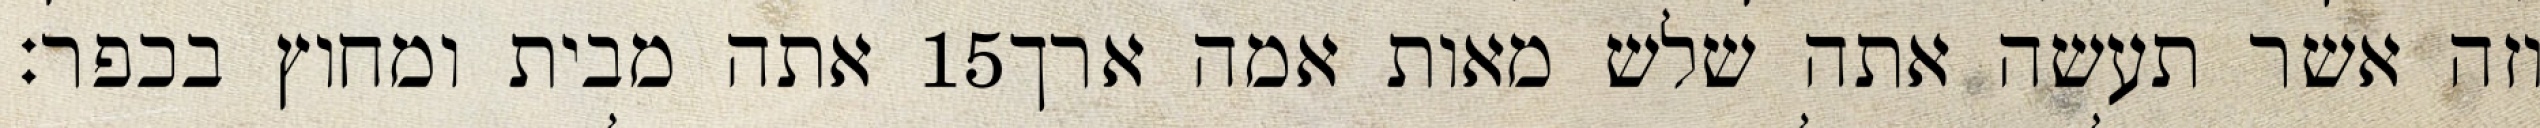
אתה מבית ומחוץ בכפר׃ ‎15‏ וזה אשר תעשה אתה שלש מאות אמה ארך